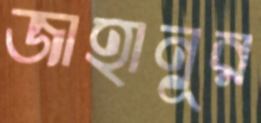
জাহানূর